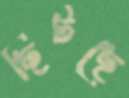
ছিটছে